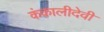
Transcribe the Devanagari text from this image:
कंकालीदेवी